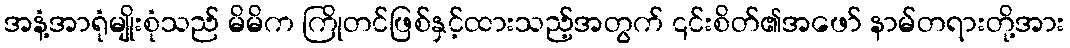
အနံ့အာရုံမျိုးစုံသည် မိမိက ကြိုတင်ဖြစ်နှင့်ထားသည့်အတွက် ၎င်းစိတ်၏အဖော် နာမ်တရားတို့အား